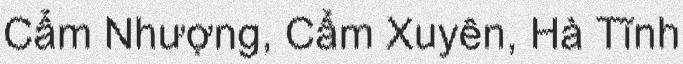
Cẩm Nhượng, Cẩm Xuyên, Hà Tĩnh